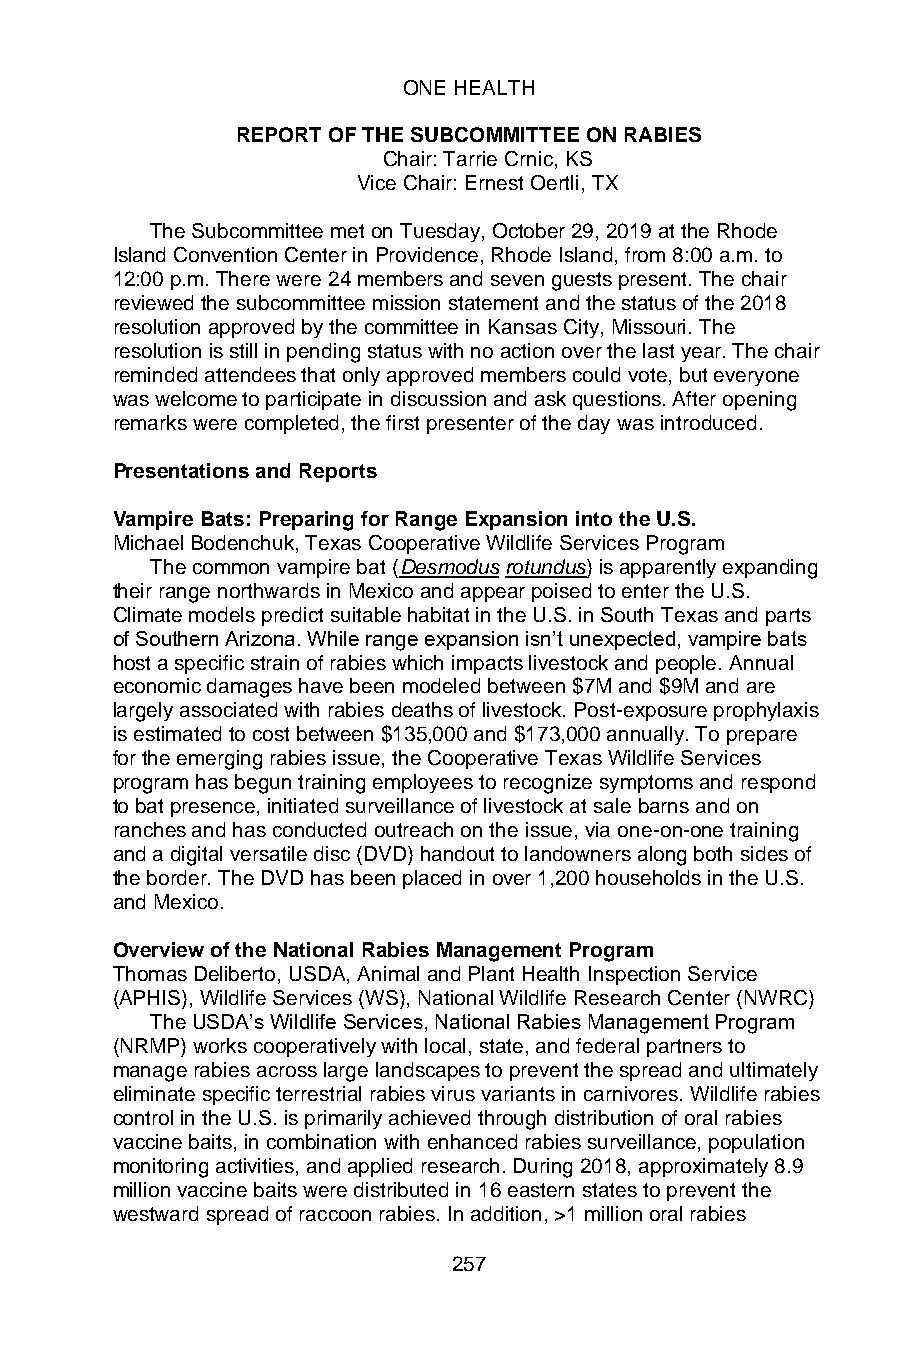
ONE HEALTH
 REPORT OF THE SUBCOMMITTEE ON RABIES
 Chair: Tarrie Crnic, KS
 Vice Chair: Ernest Oertli, TX
 The Subcommittee met on Tuesday, October 29, 2019 at the Rhode
 Island Convention Center in Providence, Rhode Island, from 8:00 a.m. to
 12:00 p.m. There were 24 members and seven guests present. The chair
 reviewed the subcommittee mission statement and the status of the 2018
 resolution approved by the committee in Kansas City, Missouri. The
 resolution is still in pending status with no action over the last year. The chair
 reminded attendees that only approved members could vote, but everyone
 was welcome to participate in discussion and ask questions. After opening
 remarks were completed, the first presenter of the day was introduced.
 Presentations and Reports
 Vampire Bats: Preparing for Range Expansion into the U.S.
 Michael Bodenchuk, Texas Cooperative Wildlife Services Program
 The common vampire bat (Desmodus rotundus) is apparently expanding
 their range northwards in Mexico and appear poised to enter the U.S.
 Climate models predict suitable habitat in the U.S. in South Texas and parts
 of Southern Arizona. While range expansion isn’t unexpected, vampire bats
 host a specific strain of rabies which impacts livestock and people. Annual
 economic damages have been modeled between $7M and $9M and are
 largely associated with rabies deaths of livestock. Post-exposure prophylaxis
 is estimated to cost between $135,000 and $173,000 annually. To prepare
 for the emerging rabies issue, the Cooperative Texas Wildlife Services
 program has begun training employees to recognize symptoms and respond
 to bat presence, initiated surveillance of livestock at sale barns and on
 ranches and has conducted outreach on the issue, via one-on-one training
 and a digital versatile disc (DVD) handout to landowners along both sides of
 the border. The DVD has been placed in over 1,200 households in the U.S.
 and Mexico.
 Overview of the National Rabies Management Program
 Thomas Deliberto, USDA, Animal and Plant Health Inspection Service
 (APHIS), Wildlife Services (WS), National Wildlife Research Center (NWRC)
 The USDA’s Wildlife Services, National Rabies Management Program
 (NRMP) works cooperatively with local, state, and federal partners to
 manage rabies across large landscapes to prevent the spread and ultimately
 eliminate specific terrestrial rabies virus variants in carnivores. Wildlife rabies
 control in the U.S. is primarily achieved through distribution of oral rabies
 vaccine baits, in combination with enhanced rabies surveillance, population
 monitoring activities, and applied research. During 2018, approximately 8.9
 million vaccine baits were distributed in 16 eastern states to prevent the
 westward spread of raccoon rabies. In addition, >1 million oral rabies
 257